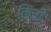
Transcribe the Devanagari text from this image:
किंची